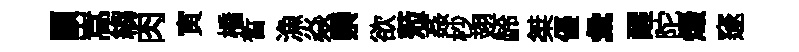
顓嵩縐肉寅橋晳漁焱禜欲蒞姦杪翅龄桀優彙醒陀燬邃